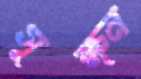
সূক্ষ্ন